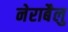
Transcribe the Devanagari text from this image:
नेराबैलु